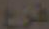
فرع